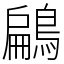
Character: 鶣